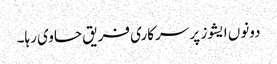
دونوں ایشوز پر سرکاری فریق حاوی رہا۔